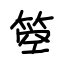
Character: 箜